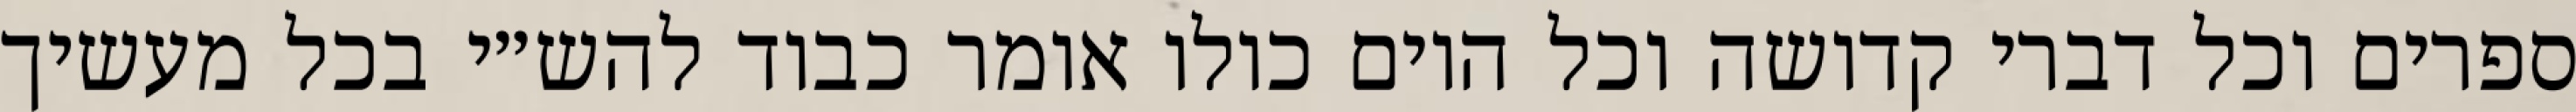
ספרים וכל דברי קדושה וכל היום כולו אומר כבוד להש״י בכל מעשיך